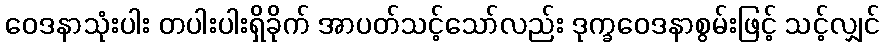
ဝေဒနာသုံးပါး တပါးပါးရှိခိုက် အာပတ်သင့်သော်လည်း ဒုက္ခဝေဒနာစွမ်းဖြင့် သင့်လျှင်